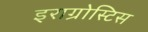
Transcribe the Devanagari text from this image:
इराग्रोस्टिस